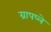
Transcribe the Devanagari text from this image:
ग्रापप्ले